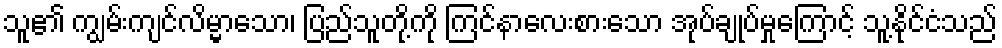
သူ၏ ကျွမ်းကျင်လိမ္မာသော၊ ပြည်သူတို့ကို ကြင်နာလေးစားသော အုပ်ချုပ်မှုကြောင့် သူ့နိုင်ငံသည်